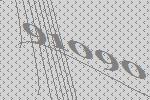
91090